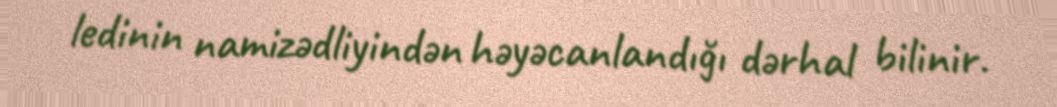
ledinin namizədliyindən həyəcanlandığı dərhal bilinir.